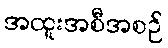
အထူးအစီအစဉ်